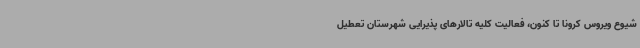
شیوع ویروس کرونا تا کنون، فعالیت کلیه تالارهای پذیرایی شهرستان تعطیل